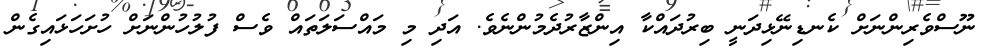
ނޫސްވެރިންނަށް ކެނޑިނޭޅިދަނީ ބިރުދައްކާ އިންޒާރުދެމުންނެވެ. އަދި މި މައްސަލަތައް ވެސް ފުލުހުންނަށް ހުށަހަޅައިގެން